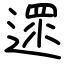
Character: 遝